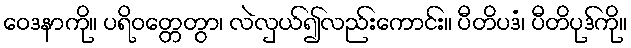
ဝေဒနာကို။ ပရိဝတ္တေတွာ၊ လဲလှယ်၍လည်းကောင်း။ ပီတိပဒံ၊ ပီတိပုဒ်ကို။